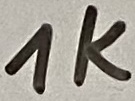
Text: 1K